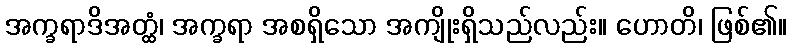
အက္ခရာဒိအတ္ထံ၊ အက္ခရာ အစရှိသော အကျိုးရှိသည်လည်း။ ဟောတိ၊ ဖြစ်၏။